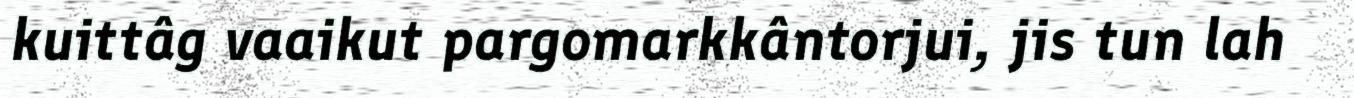
kuittâg vaaikut pargomarkkântorjui, jis tun lah